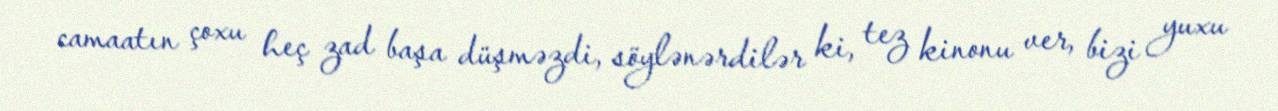
camaatın çoxu heç zad başa düşməzdi, söylənərdilər ki, tez kinonu ver, bizi yuxu